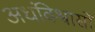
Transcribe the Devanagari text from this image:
अधंविश्वासों